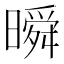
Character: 𣊬